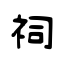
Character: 祠